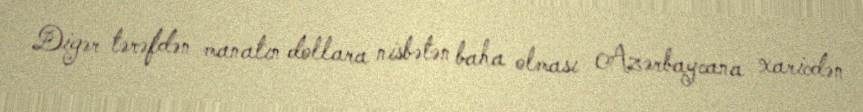
Digər tərəfdən manatın dollara nisbətən baha olması Azərbaycana xaricdən